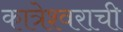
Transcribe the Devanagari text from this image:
कात्रेश्वराची